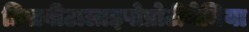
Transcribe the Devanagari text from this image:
डिसबीटालाइपोप्रोटीनेमिया